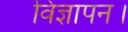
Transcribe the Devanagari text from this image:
विज्ञापन।